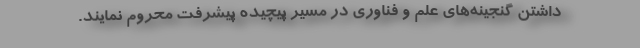
داشتن گنجینه‌های علم و فناوری در مسیر پیچیده پیشرفت محروم نمایند.